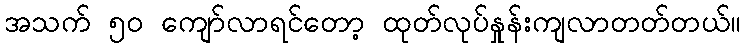
အသက် ၅၀ ကျော်လာရင်တော့ ထုတ်လုပ်နှုန်းကျလာတတ်တယ်။